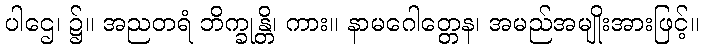
ပါဌေ၊ ၌။ အညတရံ ဘိက္ခုန္တိ၊ ကား။ နာမဂေါတ္တေန၊ အမည်အမျိုးအားဖြင့်။